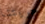
حريتنا